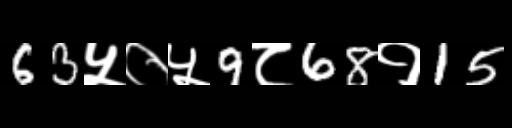
Text: 63५०५9८68१15